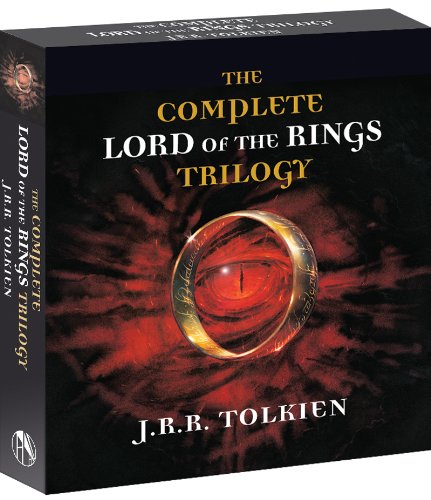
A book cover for The Complete Lord of the Rings Trilogy; J.R.R. Tolkien; Humor & Entertainment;